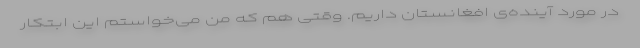
در مورد آینده‌ی افغانستان داریم. وقتی هم که من می‌خواستم این ابتکار